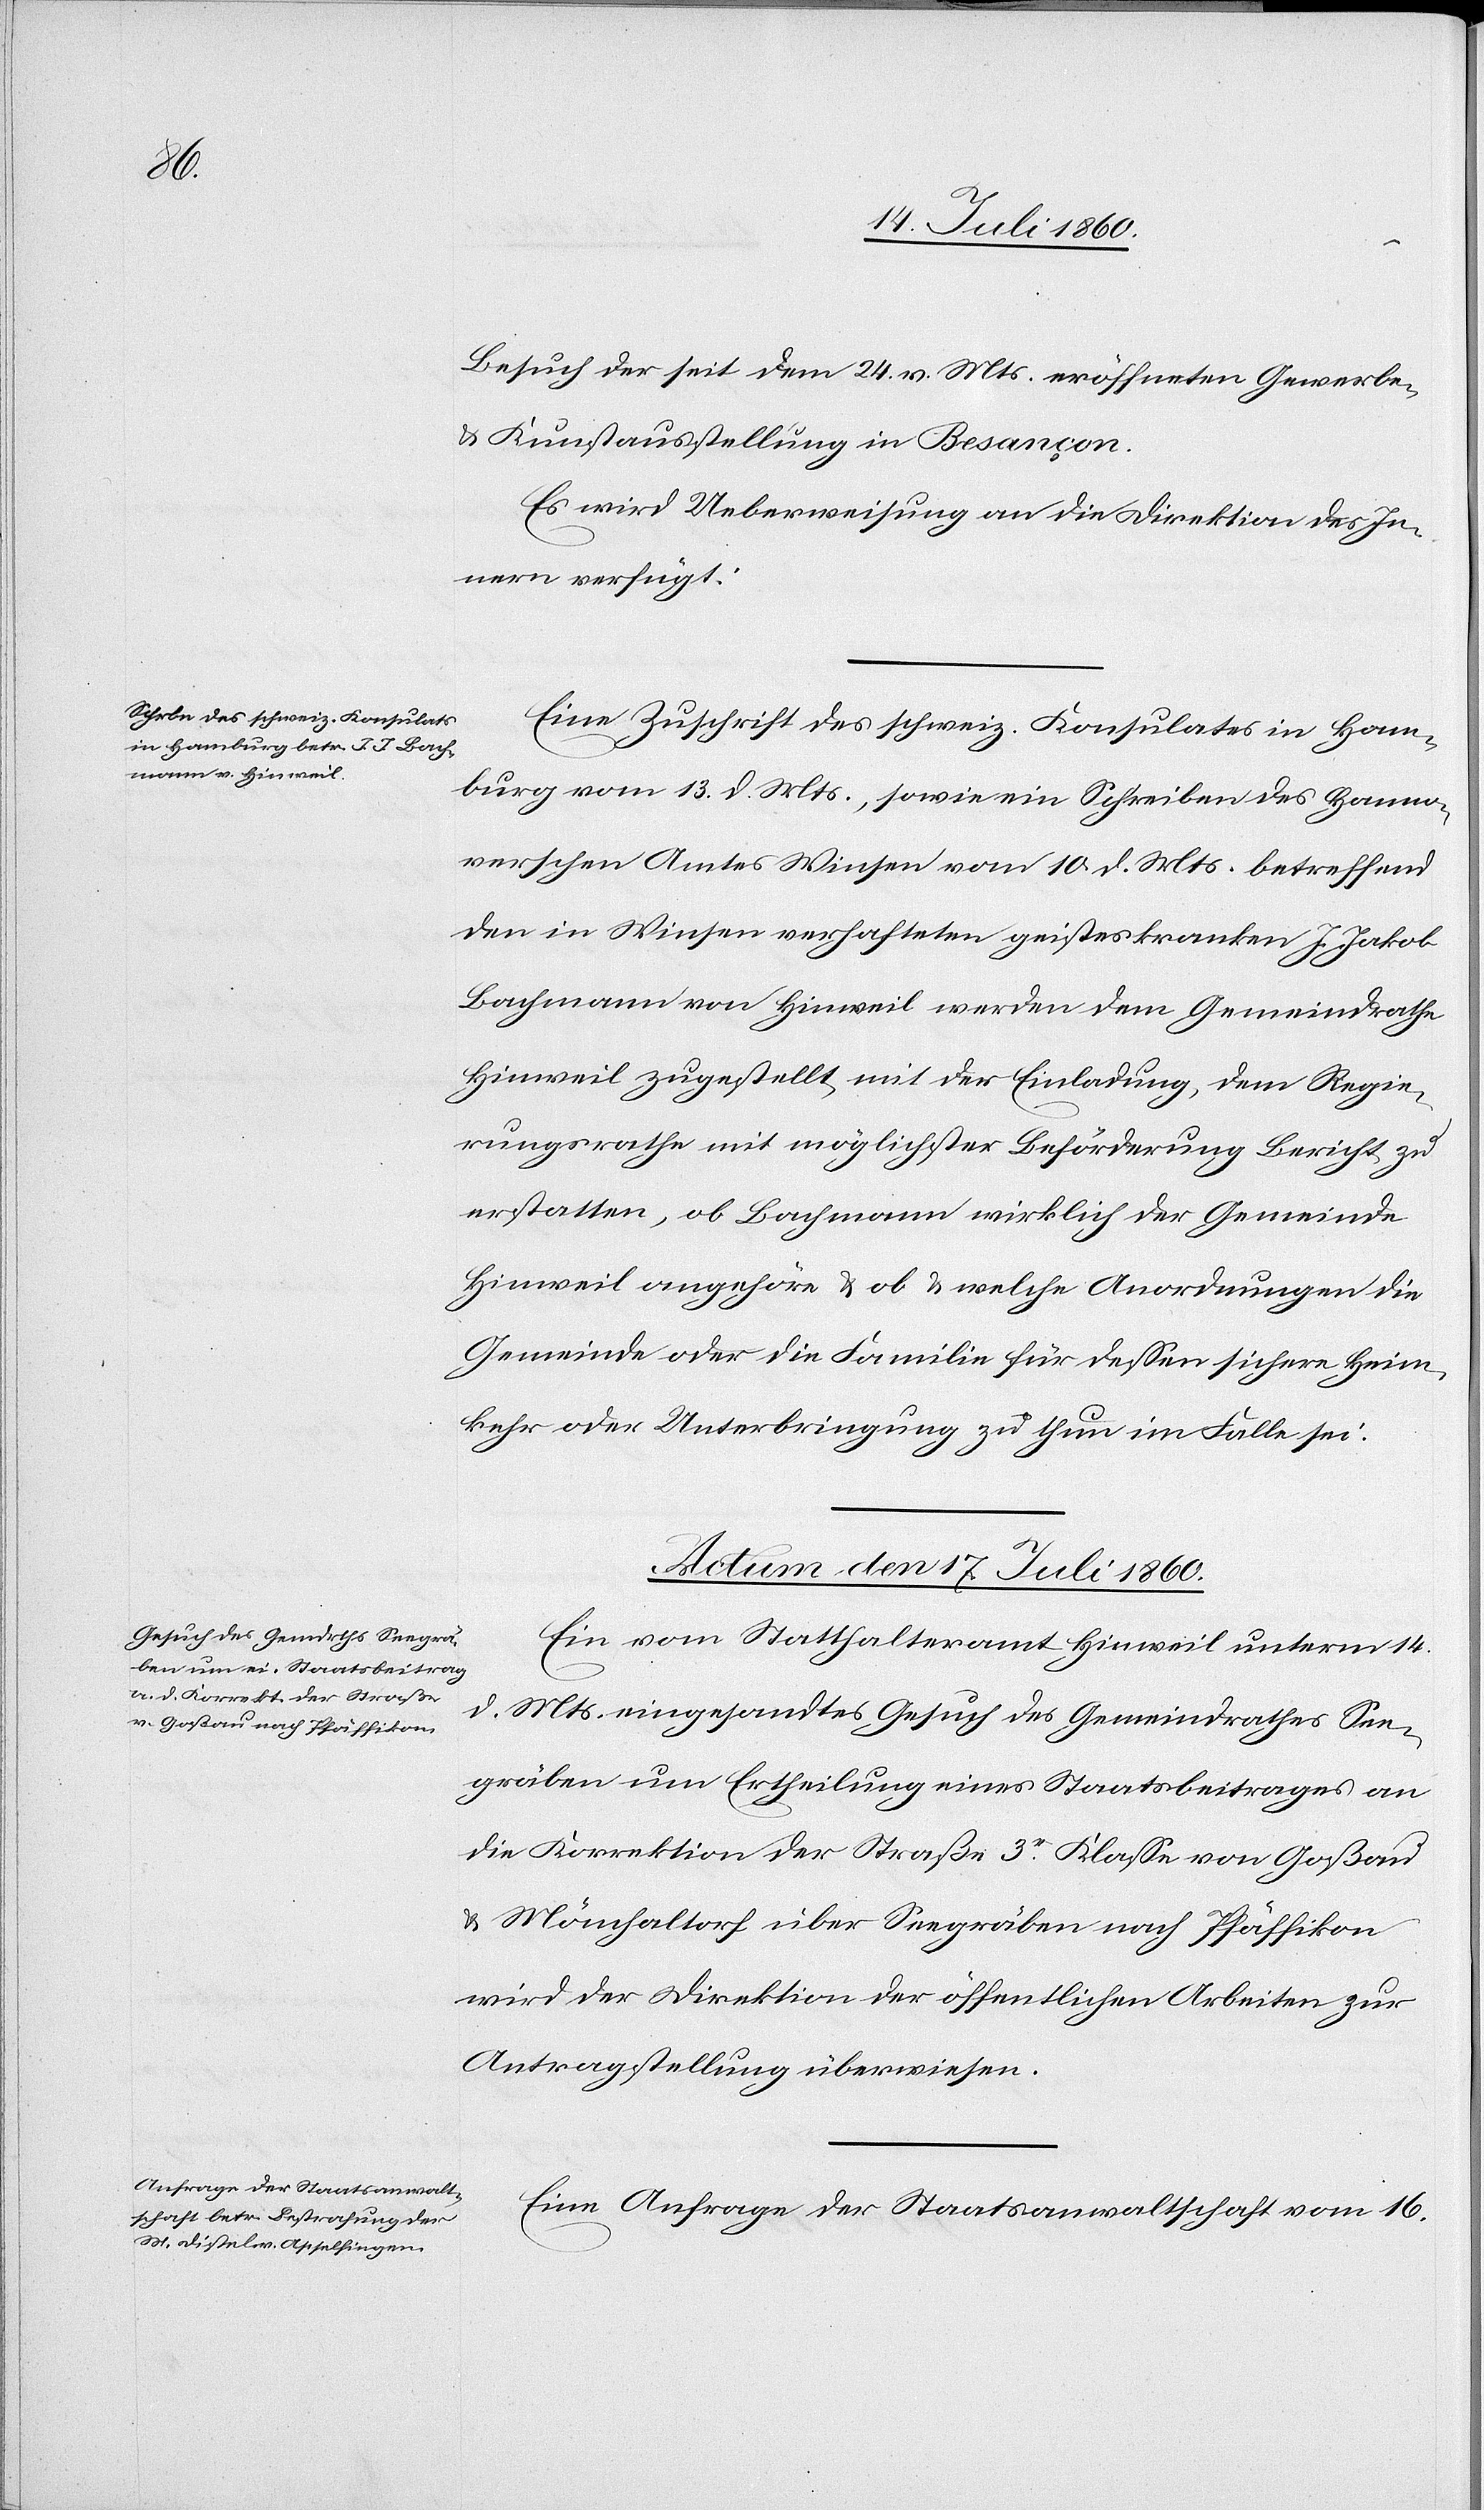
Besuch der seit dem 24. v. Mts. eröffneten Gewerbe-
& Kunstausstellung in Besançon.
Es wird Ueberweisung an die Direktion des In¬
nern verfügt.
Eine Zuschrift des schweiz. Konsulates in Ham¬
burg vom 13. d. Mts., sowie ein Schreiben des hanno¬
verschen Amtes Winsen vom 10. d. Mts. betreffend
den in Winsen verhafteten geisteskranken J. Jakob
Bachmann von Hinweil werden dem Gemeindrathe
Hinweil zugestellt, mit der Einladung, dem Regie¬
rungsrathe mit möglichster Beförderung Bericht zu
erstatten, ob Bachmann wirklich der Gemeinde
Hinweil angehöre & ob & welche Anordnungen die
Gemeinde oder die Familie für dessen sichere Heim¬
kehr oder Unterbringung zu thun im Falle sei.
Actum den 17. Juli 1860.]
Ein vom Statthalteramt Hinweil unterm 14.
d. Mts. eingesandtes Gesuch des Gemeindrathes See¬
gräben um Ertheilung eines Staatsbeitrages an
die Korrektion der Straße 3r. Klasse von Goßau
& Mönchaltorf über Seegräben nach Pfäffikon
wird der Direktion der öffentlichen Arbeiten zur
Antragstellung überwiesen.
Eine Anfrage der Staatsanwaltschaft vom 16.